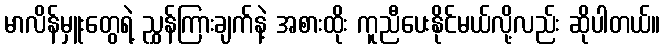
မာလိန်မှူးတွေရဲ့ ညွှန်ကြားချက်နဲ့ အစားထိုး ကူညီပေးနိုင်မယ်လို့လည်း ဆိုပါတယ်။